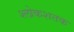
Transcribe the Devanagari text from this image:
श्लोकशतक